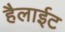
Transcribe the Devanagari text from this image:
हैलाईट